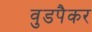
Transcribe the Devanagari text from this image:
वुडपैकर